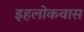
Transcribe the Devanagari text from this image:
इहलोकवास